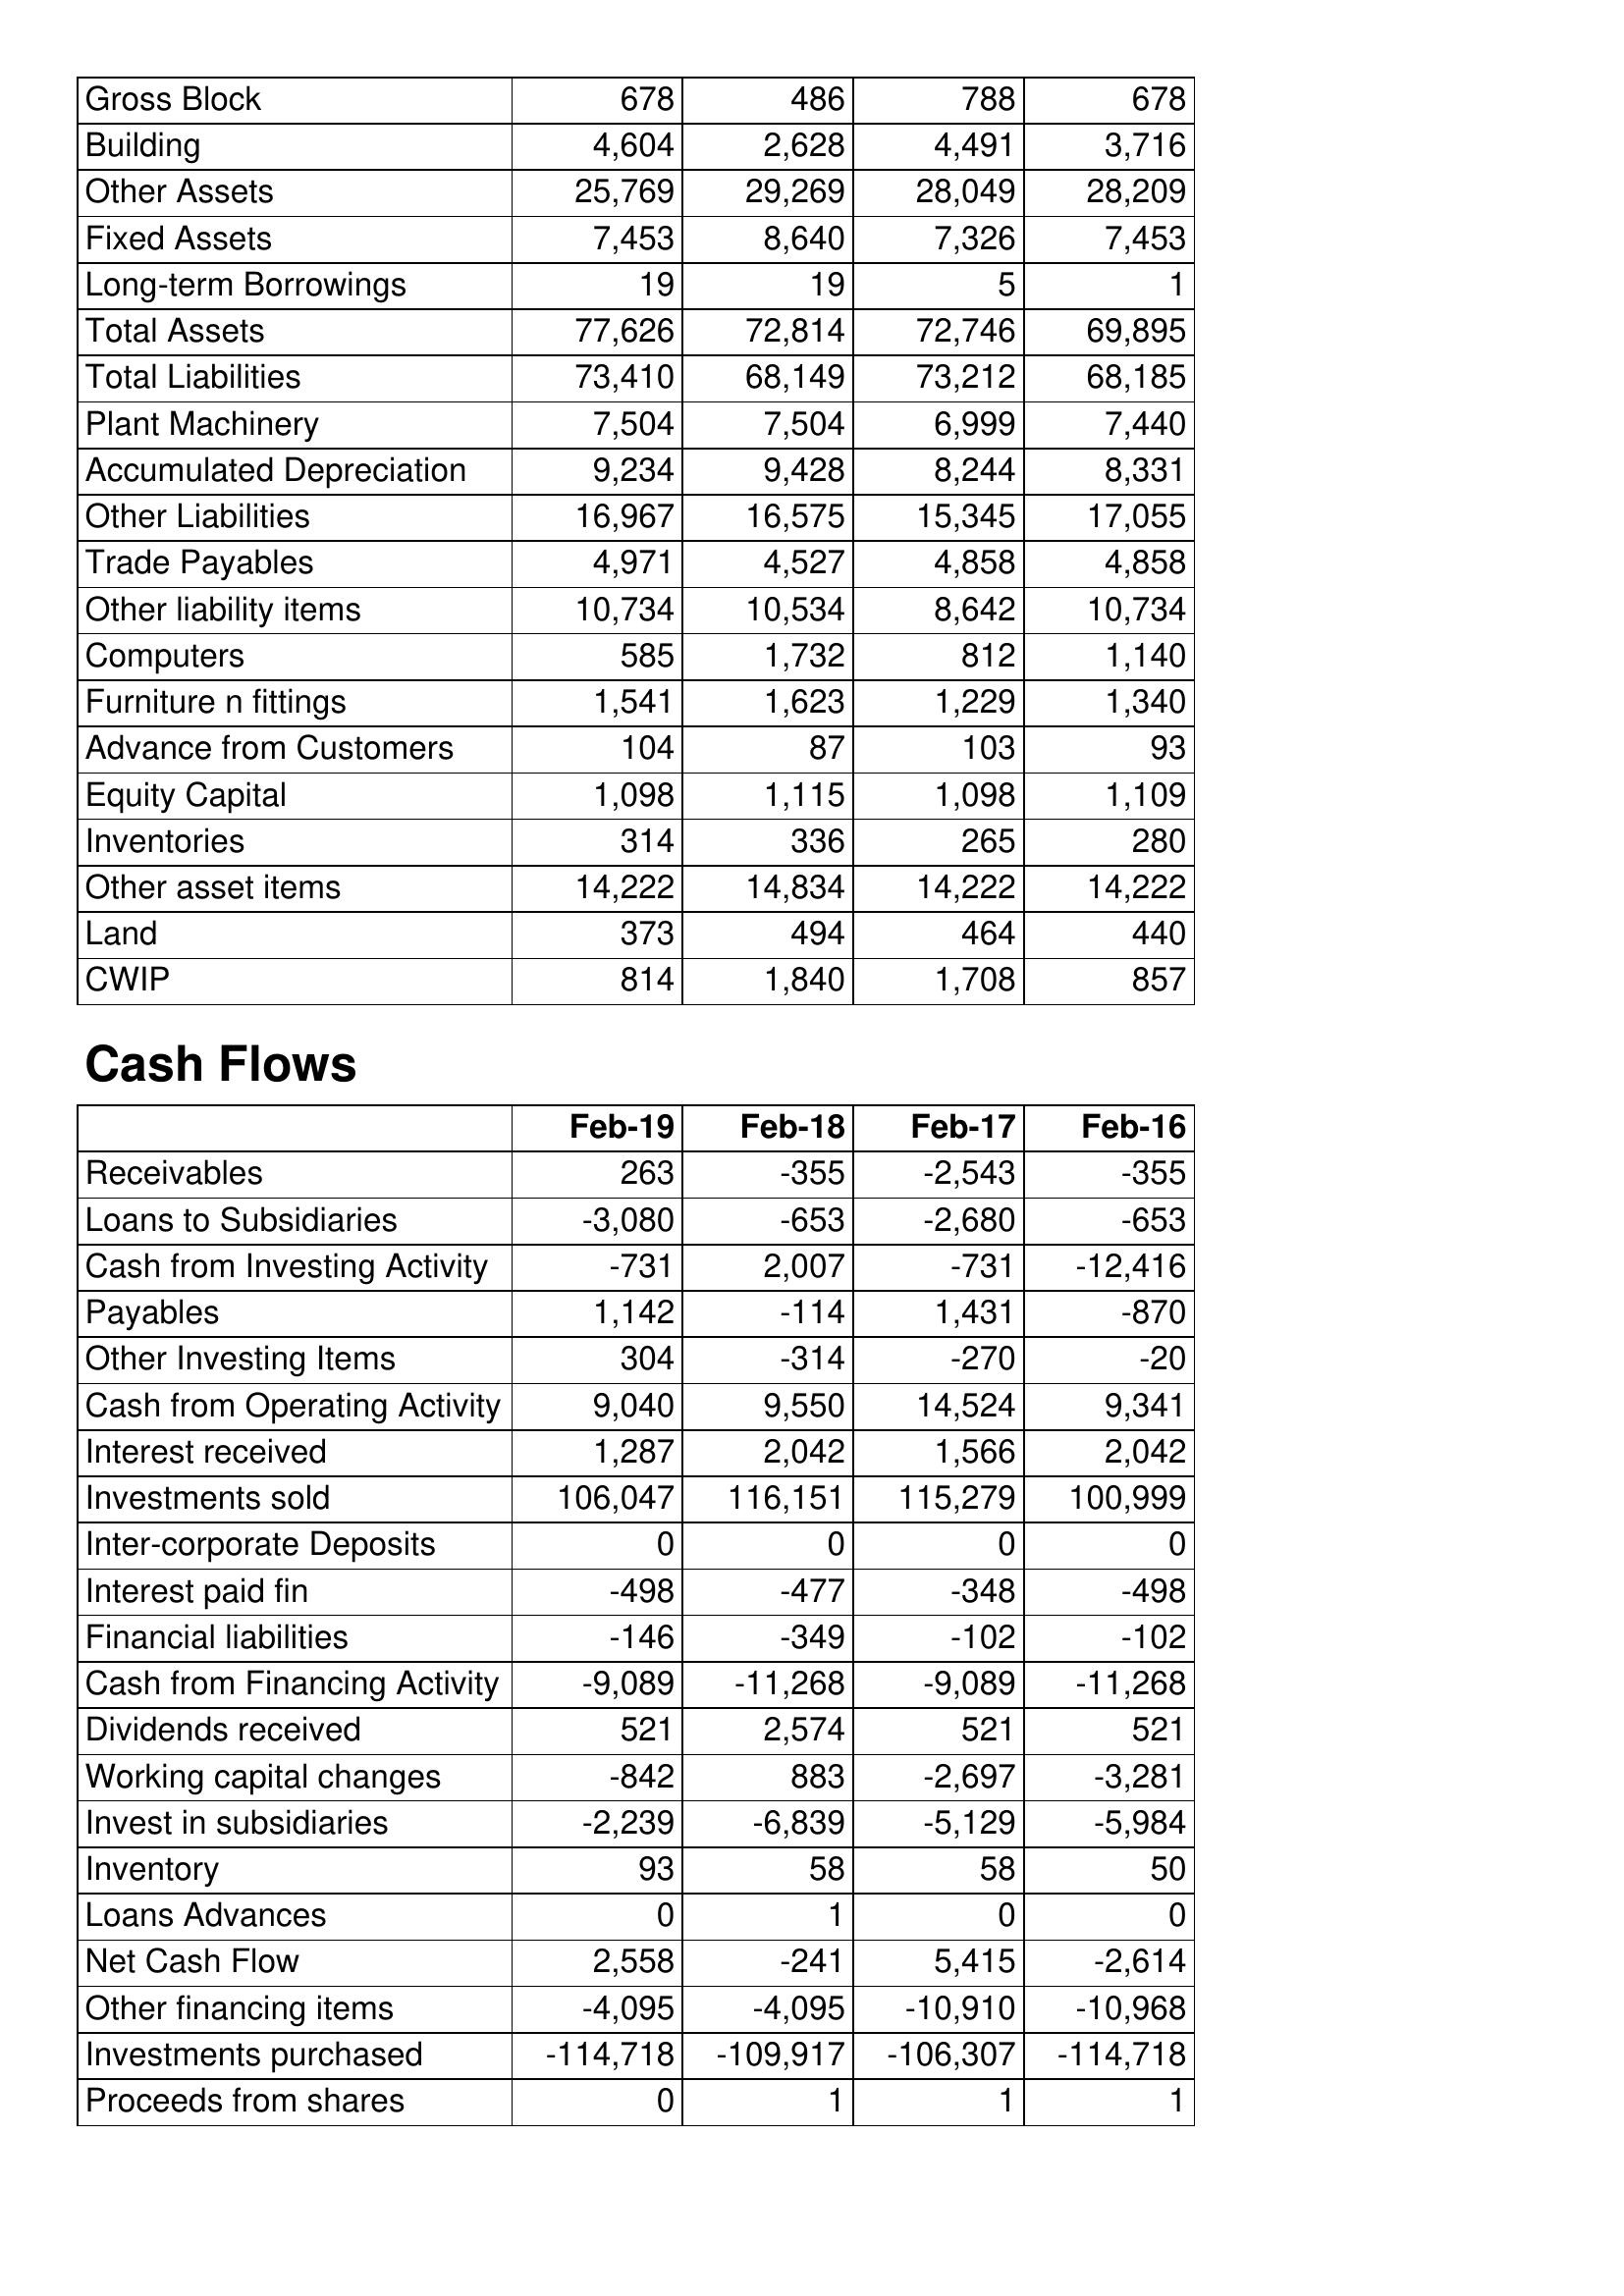
Feb-19: Balance Sheet: Gross Block: 678
Building: 4,604
Other Assets: 25,769
Fixed Assets: 7,453
Long-term Borrowings: 19
Total Assets: 77,626
Total Liabilities: 73,410
Plant Machinery: 7,504
Accumulated Depreciation: 9,234
Other Liabilities: 16,967
Trade Payables: 4,971
Other liability items: 10,734
Computers: 585
Furniture n fittings: 1,541
Advance from Customers: 104
Equity Capital: 1,098
Inventories: 314
Other asset items: 14,222
Land: 373
CWIP: 814
Cash Flows: Receivables: 263
Loans to Subsidiaries: -3,080
Cash from Investing Activity: -731
Payables: 1,142
Other Investing Items: 304
Cash from Operating Activity: 9,040
Interest received: 1,287
Investments sold: 106,047
Inter-corporate Deposits: 0
Interest paid fin: -498
Financial liabilities: -146
Cash from Financing Activity: -9,089
Dividends received: 521
Working capital changes: -842
Invest in subsidiaries: -2,239
Inventory: 93
Loans Advances: 0
Net Cash Flow: 2,558
Other financing items: -4,095
Investments purchased: -114,718
Proceeds from shares: 0
Feb-18: Balance Sheet: Gross Block: 486
Building: 2,628
Other Assets: 29,269
Fixed Assets: 8,640
Long-term Borrowings: 19
Total Assets: 72,814
Total Liabilities: 68,149
Plant Machinery: 7,504
Accumulated Depreciation: 9,428
Other Liabilities: 16,575
Trade Payables: 4,527
Other liability items: 10,534
Computers: 1,732
Furniture n fittings: 1,623
Advance from Customers: 87
Equity Capital: 1,115
Inventories: 336
Other asset items: 14,834
Land: 494
CWIP: 1,840
Cash Flows: Receivables: -355
Loans to Subsidiaries: -653
Cash from Investing Activity: 2,007
Payables: -114
Other Investing Items: -314
Cash from Operating Activity: 9,550
Interest received: 2,042
Investments sold: 116,151
Inter-corporate Deposits: 0
Interest paid fin: -477
Financial liabilities: -349
Cash from Financing Activity: -11,268
Dividends received: 2,574
Working capital changes: 883
Invest in subsidiaries: -6,839
Inventory: 58
Loans Advances: 1
Net Cash Flow: -241
Other financing items: -4,095
Investments purchased: -109,917
Proceeds from shares: 1
Feb-17: Balance Sheet: Gross Block: 788
Building: 4,491
Other Assets: 28,049
Fixed Assets: 7,326
Long-term Borrowings: 5
Total Assets: 72,746
Total Liabilities: 73,212
Plant Machinery: 6,999
Accumulated Depreciation: 8,244
Other Liabilities: 15,345
Trade Payables: 4,858
Other liability items: 8,642
Computers: 812
Furniture n fittings: 1,229
Advance from Customers: 103
Equity Capital: 1,098
Inventories: 265
Other asset items: 14,222
Land: 464
CWIP: 1,708
Cash Flows: Receivables: -2,543
Loans to Subsidiaries: -2,680
Cash from Investing Activity: -731
Payables: 1,431
Other Investing Items: -270
Cash from Operating Activity: 14,524
Interest received: 1,566
Investments sold: 115,279
Inter-corporate Deposits: 0
Interest paid fin: -348
Financial liabilities: -102
Cash from Financing Activity: -9,089
Dividends received: 521
Working capital changes: -2,697
Invest in subsidiaries: -5,129
Inventory: 58
Loans Advances: 0
Net Cash Flow: 5,415
Other financing items: -10,910
Investments purchased: -106,307
Proceeds from shares: 1
Feb-16: Balance Sheet: Gross Block: 678
Building: 3,716
Other Assets: 28,209
Fixed Assets: 7,453
Long-term Borrowings: 1
Total Assets: 69,895
Total Liabilities: 68,185
Plant Machinery: 7,440
Accumulated Depreciation: 8,331
Other Liabilities: 17,055
Trade Payables: 4,858
Other liability items: 10,734
Computers: 1,140
Furniture n fittings: 1,340
Advance from Customers: 93
Equity Capital: 1,109
Inventories: 280
Other asset items: 14,222
Land: 440
CWIP: 857
Cash Flows: Receivables: -355
Loans to Subsidiaries: -653
Cash from Investing Activity: -12,416
Payables: -870
Other Investing Items: -20
Cash from Operating Activity: 9,341
Interest received: 2,042
Investments sold: 100,999
Inter-corporate Deposits: 0
Interest paid fin: -498
Financial liabilities: -102
Cash from Financing Activity: -11,268
Dividends received: 521
Working capital changes: -3,281
Invest in subsidiaries: -5,984
Inventory: 50
Loans Advances: 0
Net Cash Flow: -2,614
Other financing items: -10,968
Investments purchased: -114,718
Proceeds from shares: 1